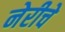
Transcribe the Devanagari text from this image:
नेरीचे